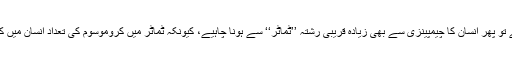
لیکن اگر ارتقا پرستوں کی اس منطق کو درست مان لیا جائے تو پھر انسان کا چیمپینزی سے بھی زیادہ قریبی رشتہ ’’ٹماٹر‘‘ سے ہونا چاہیے، کیونکہ ٹماٹر میں کروموسوم کی تعداد انسان میں کروموسوم کی تعداد کے بالکل برابر ہوتی ہے یعنی چھیالیس!